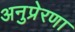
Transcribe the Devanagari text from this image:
अनुप्रेरणा